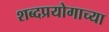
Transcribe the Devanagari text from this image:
शब्दप्रयोगाच्या